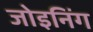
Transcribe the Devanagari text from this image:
जोइनिंग